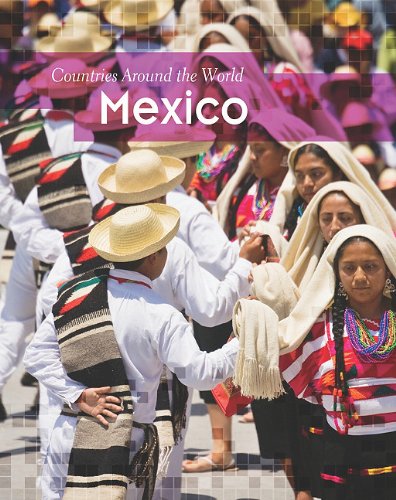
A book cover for Mexico (Countries Around the World); Ali Brownlie Bojang; Children's Books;